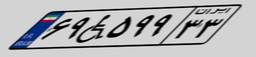
۶۹W۵۹۹۳۳